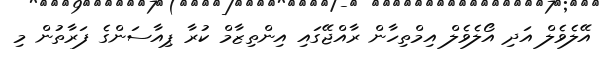
އޭލެވެލް އަދި އޯލެވެލް އިމްތިހާން ރާއްޖޭގައި އިންތިޒާމް ކުރާ ޕިއާސަންގެ ފަރާތުން މި